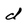
Character: d